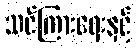
သင်ကြားရေးနှင့်